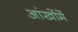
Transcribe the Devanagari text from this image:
आंखोंमें